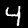
Digit: 4